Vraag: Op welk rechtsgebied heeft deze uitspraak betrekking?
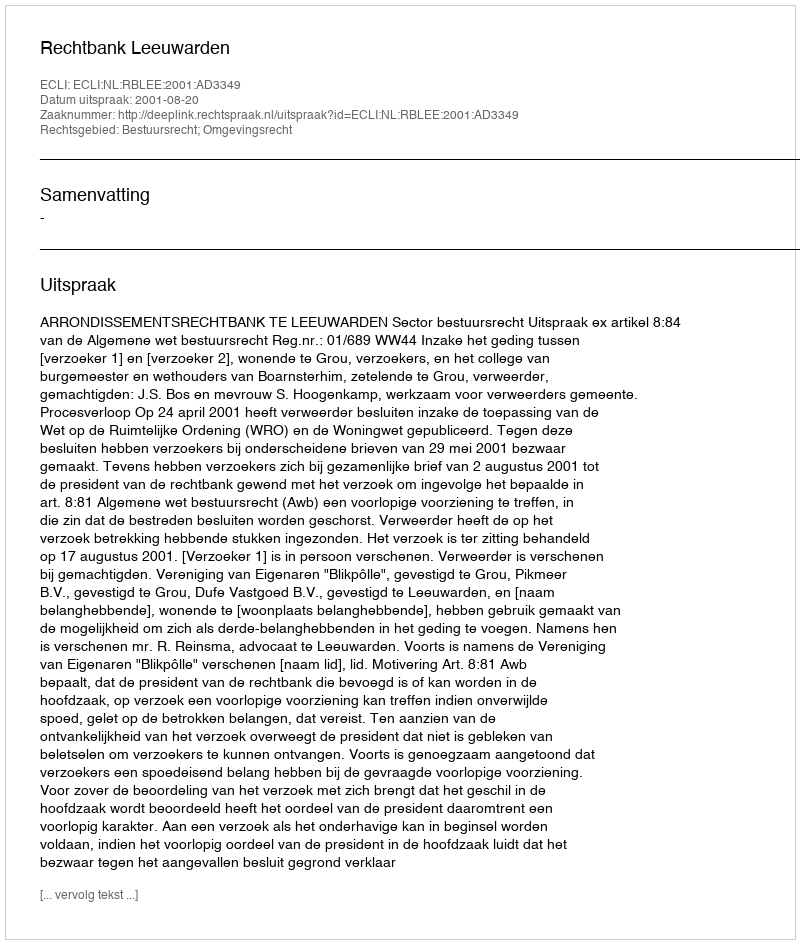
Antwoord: Bestuursrecht; Omgevingsrecht